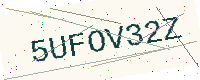
Text: 5UFOV32Z